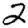
Digit: 2